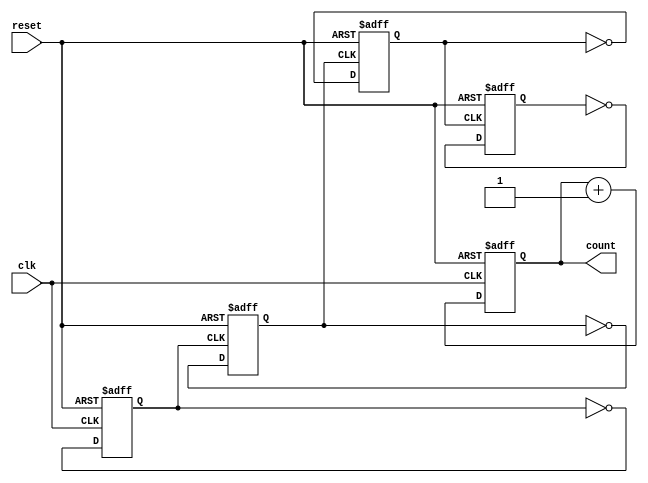
module async_ripple_counter #(parameter n = 4) (
    input wire clk,          // Clock input for the first flip-flop
    input wire reset,        // Asynchronous reset signal
    output reg [n-1:0] count // n-bit counter output
);

// Always block for the counter operation
always @(posedge clk or posedge reset) begin
    if (reset) begin
        count <= 0; // Reset the counter to 0
    end else begin
        count <= count + 1; // Increment the counter
    end
end

// Flip-flops for ripple effect
genvar i;
generate
    for (i = 0; i < n; i = i + 1) begin : ripple_ff
        if (i == 0) begin
            // First flip-flop toggles on the clock
            always @(posedge clk or posedge reset) begin
                if (reset) begin
                    count[i] <= 0;
                end else begin
                    count[i] <= ~count[i]; // Toggle the LSB
                end
            end
        end else begin
            // Subsequent flip-flops toggle on the previous flip-flop's output
            always @(posedge count[i-1] or posedge reset) begin
                if (reset) begin
                    count[i] <= 0;
                end else begin
                    count[i] <= ~count[i]; // Toggle the current bit
                end
            end
        end
    end
endgenerate

endmodule